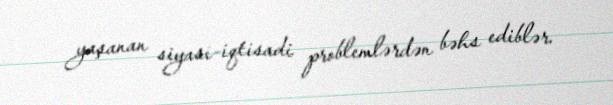
yaşanan siyasi-iqtisadi problemlərdən bəhs ediblər.